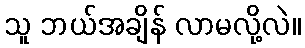
သူ ဘယ်အချိန် လာမလို့လဲ။